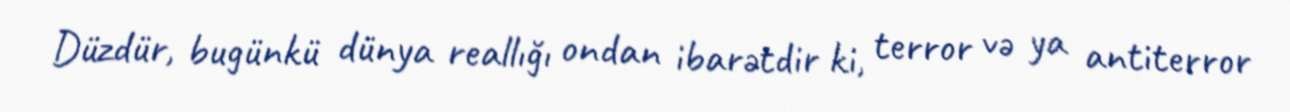
Düzdür, bugünkü dünya reallığı ondan ibarətdir ki, terror və ya antiterror